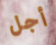
أجل